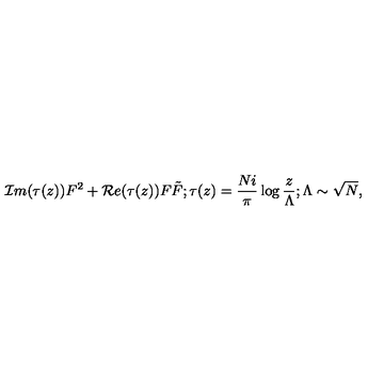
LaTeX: { \cal I } m ( \tau ( z ) ) F ^ { 2 } + { \cal R } e ( \tau ( z ) ) F \tilde { F } ; \tau ( z ) = { \frac { N i } { \pi } } \log { \frac { z } { \Lambda } } ; \Lambda \sim { \sqrt N } ,